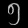
Digit: ၅